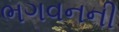
ભગવનની